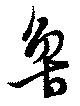
魯